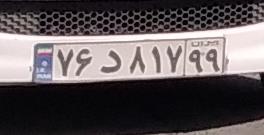
۷۶د۸۱۷۹۹